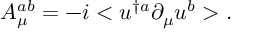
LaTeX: A _ { \mu } ^ { a b } = - i < u ^ { \dagger a } \partial _ { \mu } u ^ { b } > .